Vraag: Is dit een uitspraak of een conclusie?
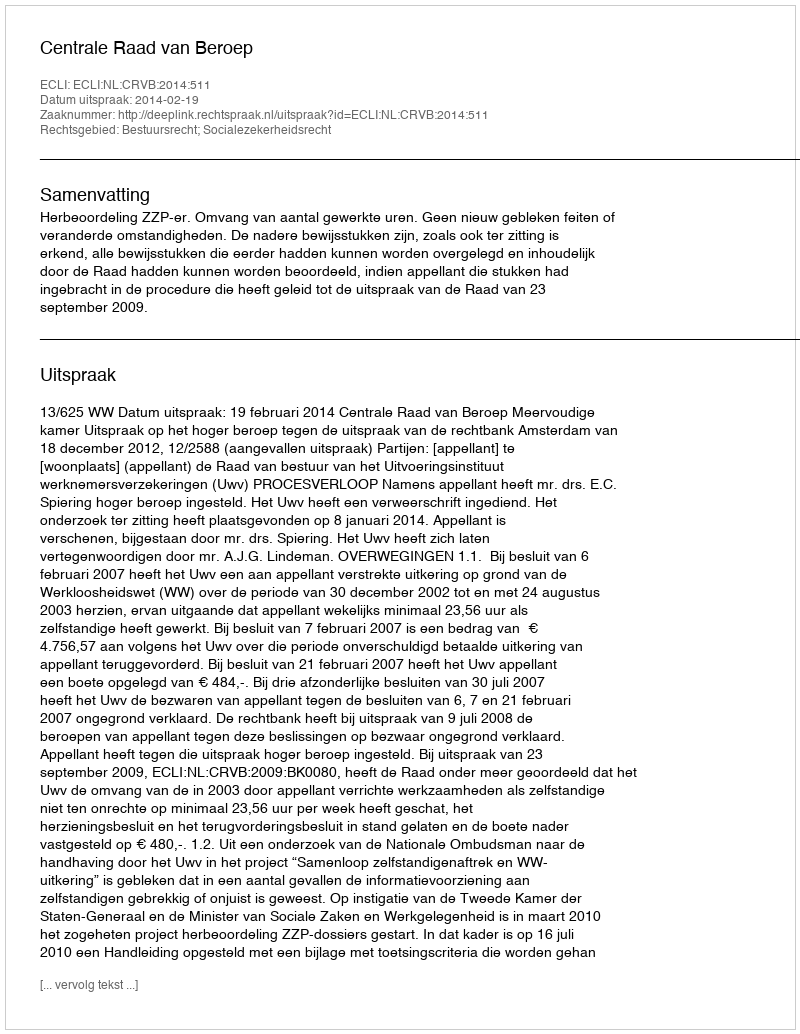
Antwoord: Uitspraak